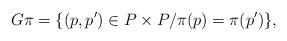
LaTeX: \begin{align*}G\pi = \{(p, p') \in P \times P / \pi(p) = \pi(p') \},\end{align*}